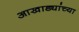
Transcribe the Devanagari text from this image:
आखाड्यांच्या